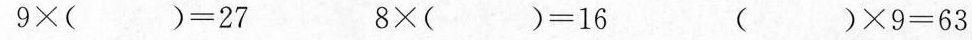
$$9 \times( )= 2 7$$ $$8 \times( )= 1 6$$ )\times 9 = 6 3